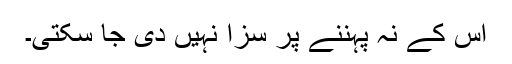
اس کے نہ پہننے پر سزا نہیں دی جا سکتی۔